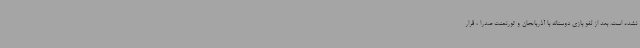
نشده است. بعد از لغو بازی دوستانه با آذربایجان و تورنمنت صدرا ، قرار